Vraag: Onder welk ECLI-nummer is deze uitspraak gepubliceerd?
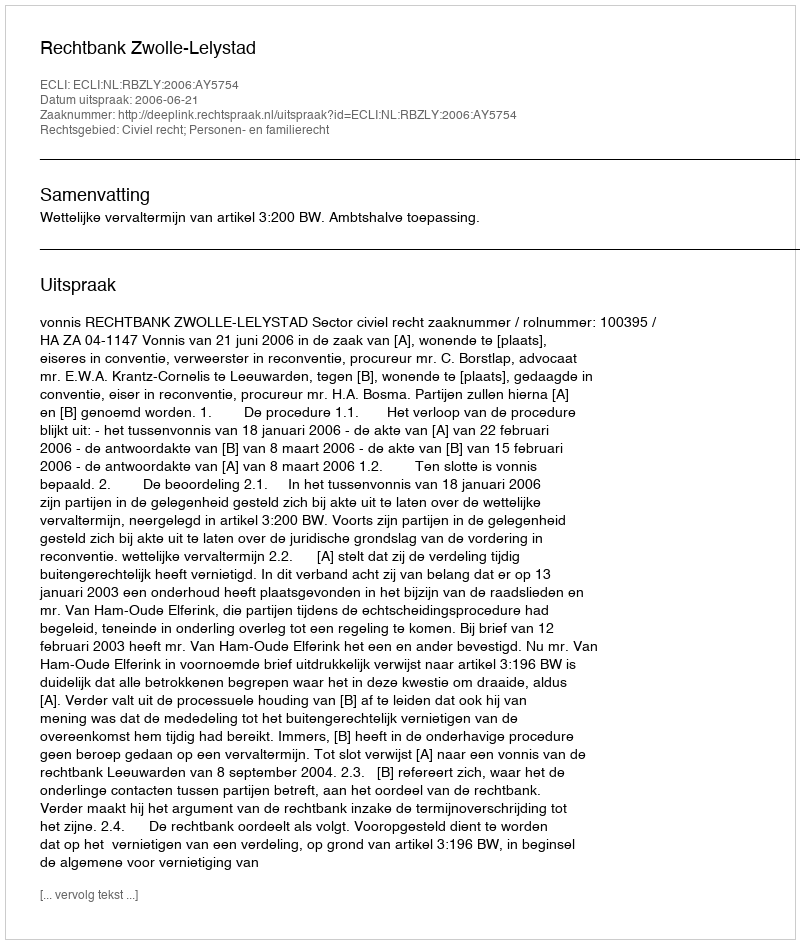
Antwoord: ECLI:NL:RBZLY:2006:AY5754